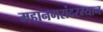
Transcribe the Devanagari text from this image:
महानगरांदरम्यान